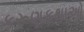
કરૂણકથાઓ